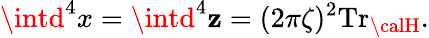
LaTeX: \intd^{4}x=\intd^{4}\mathbf{z}=(2\pi\zeta)^{2}\mathrm{{Tr}}_{\calH}.